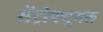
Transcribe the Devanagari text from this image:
सेंट्रीफ्यूगल